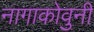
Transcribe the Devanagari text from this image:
नागाकोवुनी